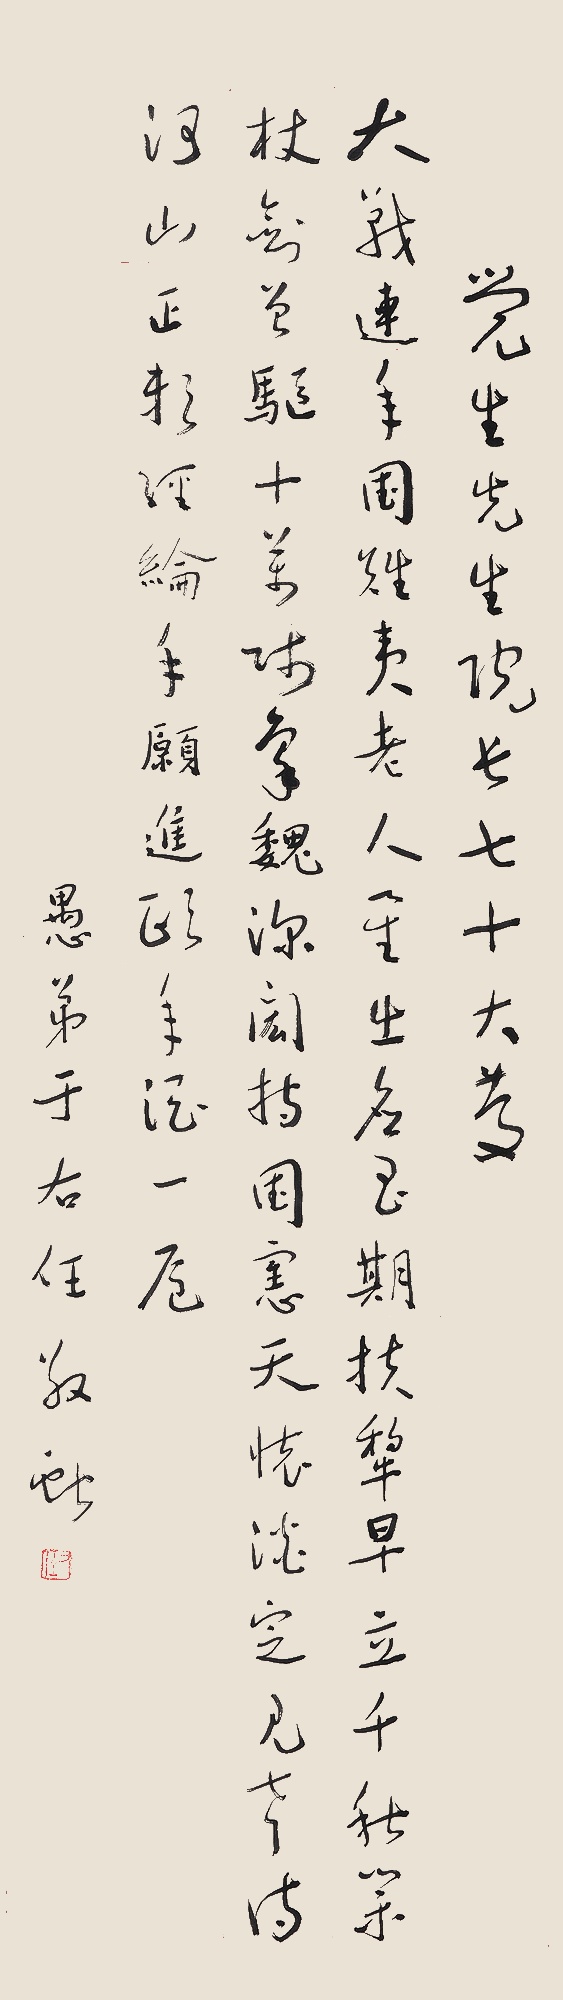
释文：大战连年国难夷，老人星出应玉期。扶犁早立千秋业，杖剑曾驱十万师。秦魏深闳持国宪，天怀淡定见声诗。河山正期经纶手，愿进颐年酒一卮。觉生先生院长七十大庆，愚弟于右任敬献。